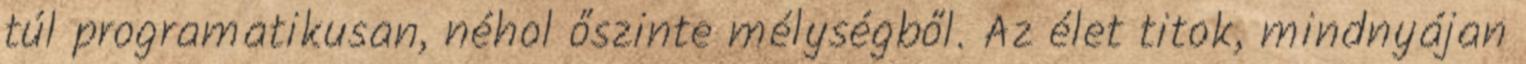
túl programatikusan, néhol őszinte mélységből. Az élet titok, mindnyájan